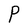
Character: P